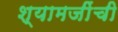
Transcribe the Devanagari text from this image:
श्यामजींची